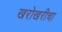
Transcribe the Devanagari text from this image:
खरोखरीचा